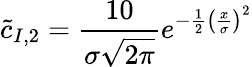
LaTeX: \tilde{c}_{I,2}=\frac{10}{\sigma\sqrt{2\pi}}e^{-\frac{1}{2}\left(\frac{x}{\sigma}\right)^{2}}